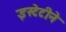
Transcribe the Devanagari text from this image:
इस्टेटीने